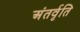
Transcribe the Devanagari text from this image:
अंतर्वृति